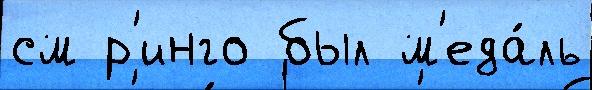
см р'инго был м'еда́ль